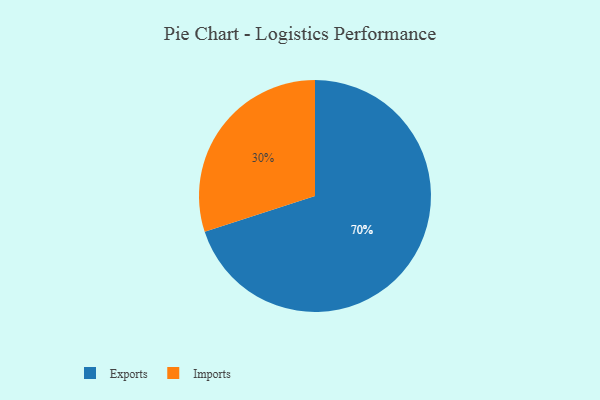
{"axis": {"x": "Category", "y": "Percentage"}, "legend": ["Exports", "Imports"], "data": [{"x": "Exports", "y": 70, "type": "Exports"}, {"x": "Imports", "y": 30, "type": "Imports"}]}